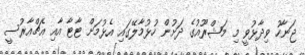
ޖަނާހު ވިދާޅުވީ މި މަޝްރޫއުގެ ދަށުން ހުޅުމާލޭގައި އެޅުމަށް ޓާޓާ އާއި އެޗްއާރުސީ